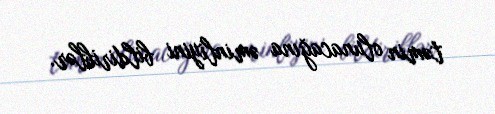
təmin olunacağına əminliyini bildiriblər.